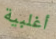
أغلبية